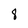
Character: 8